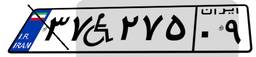
۳۷W۲۷۵۰۹